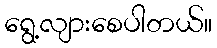
ရွေ့လျားစေပါတယ်။